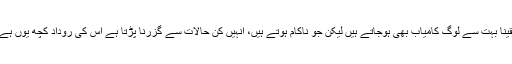
یقیناً بہت سے لوگ کامیاب بھی ہوجاتے ہیں لیکن جو ناکام ہوتے ہیں، انہیں کن حالات سے گزرنا پڑتا ہے اس کی روداد کچھ یوں ہے۔